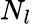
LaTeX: N_{l}